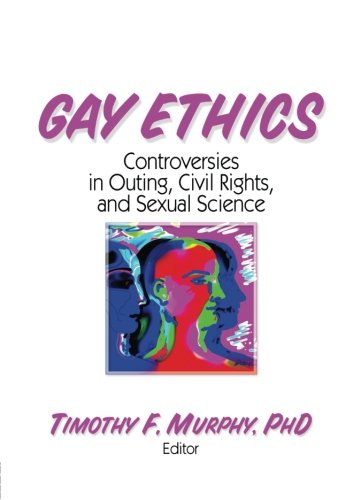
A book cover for Gay Ethics: Controversies in Outing, Civil Rights, and Sexual Science; Timothy F Murphy; Gay & Lesbian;